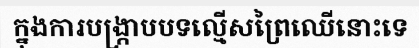
ក្នុងការបង្ក្រាបបទល្មើសព្រៃឈើនោះទេ